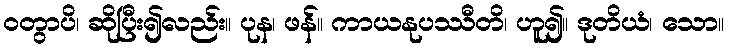
ဝတွာပိ၊ ဆိုပြီး၍လည်း။ ပုန၊ ဖန်။ ကာယနုပဿီတိ၊ ဟူ၍။ ဒုတိယံ၊ သော။